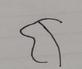
Signature authenticity: forged